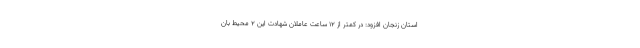
استان زنجان افزود: در کمتر از ۱۲ ساعت عاملان شهادت این ۲ محیط بان